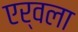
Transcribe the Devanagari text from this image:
एर्वला